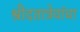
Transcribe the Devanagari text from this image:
श्रीदतात्रेयांचा